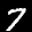
Label: 7